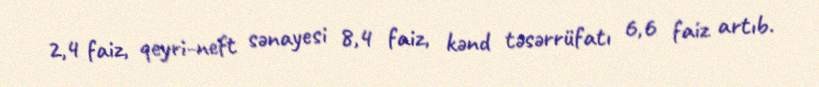
2,4 faiz, qeyri-neft sənayesi 8,4 faiz, kənd təsərrüfatı 6,6 faiz artıb.